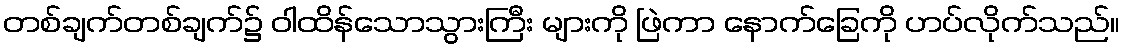
တစ်ချက်တစ်ချက်၌ ဝါထိန်သောသွားကြီး များကို ဖြဲကာ နောက်ခြေကို ဟပ်လိုက်သည်။